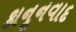
કાનૂનવાદ